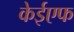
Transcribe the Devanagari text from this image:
केईएफ